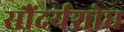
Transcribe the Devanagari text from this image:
सौंदर्यशोध